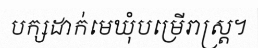
បក្សដាក់មេឃុំបម្រើរាស្ត្រ។